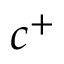
c ^ { + }